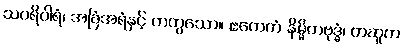
သပရိဝါရံ၊ အခြံအရံနှင့် တကွသော။ ဧကေကံ နိမ္မိတဗုဒ္ဓံ၊ တဆူတ